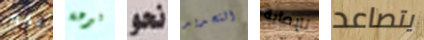
بخير لبرهة نحو التحديد للإصابة يتصاعد